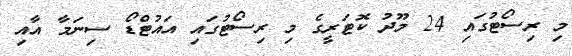
މި ރިސޯޓުގައި 24 މޫދު ކޮޓަރީގެ މި ރިސޯޓުގައި އައުޓްޑޯ ސިނަމާ އާއި